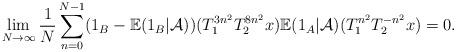
LaTeX: \begin{align*}\lim\limits_{N\rightarrow \infty}\frac{1}{N}\sum_{n=0}^{N-1}(1_{B}-\mathbb{E}(1_B|\mathcal{A}))(T_{1}^{3n^2} T_{2}^{8n^2}x)\mathbb{E}(1_A|\mathcal{A})(T_{1}^{n^2} T_{2}^{-n^2}x)=0.\end{align*}